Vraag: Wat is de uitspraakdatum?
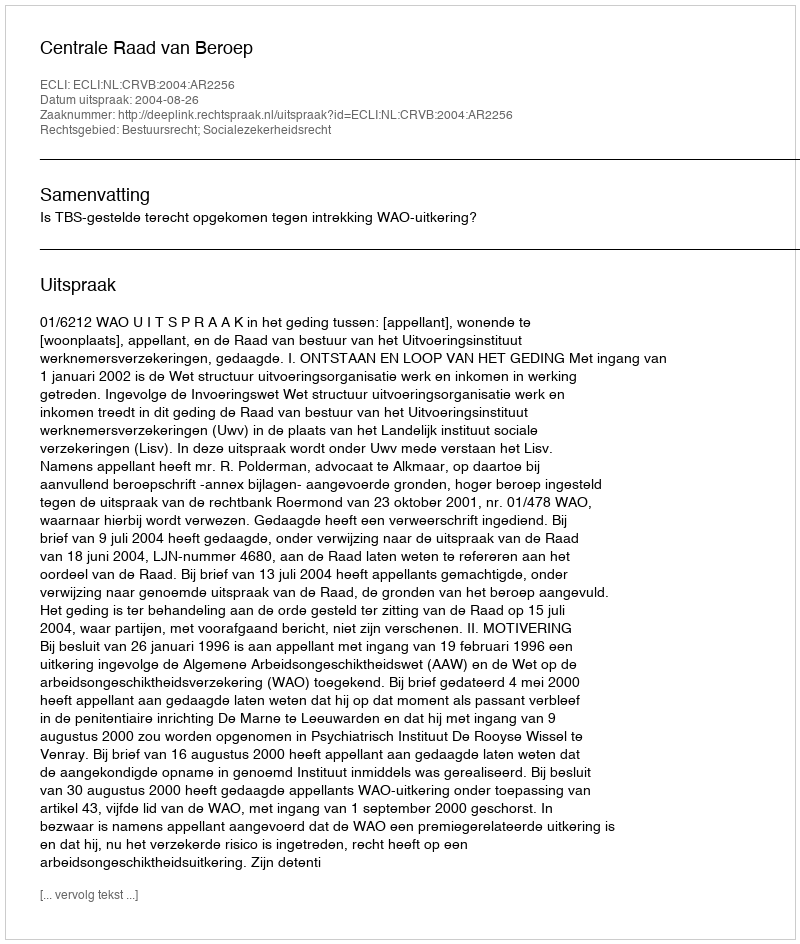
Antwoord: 2004-08-26